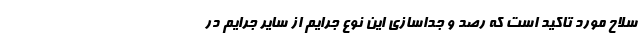
سلاح مورد تاکید است که رصد و جداسازی این نوع جرایم از سایر جرایم در